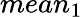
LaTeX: mean_{1}